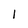
Character: 1